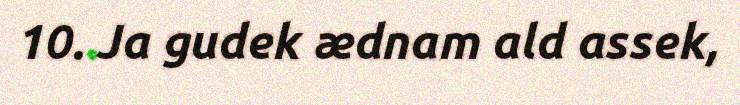
10. Ja gudek ædnam ald assek,